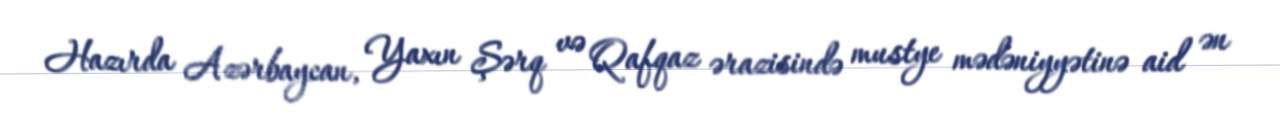
Hazırda Azərbaycan, Yaxın Şərq və Qafqaz ərazisində mustye mədəniyyətinə aid ən